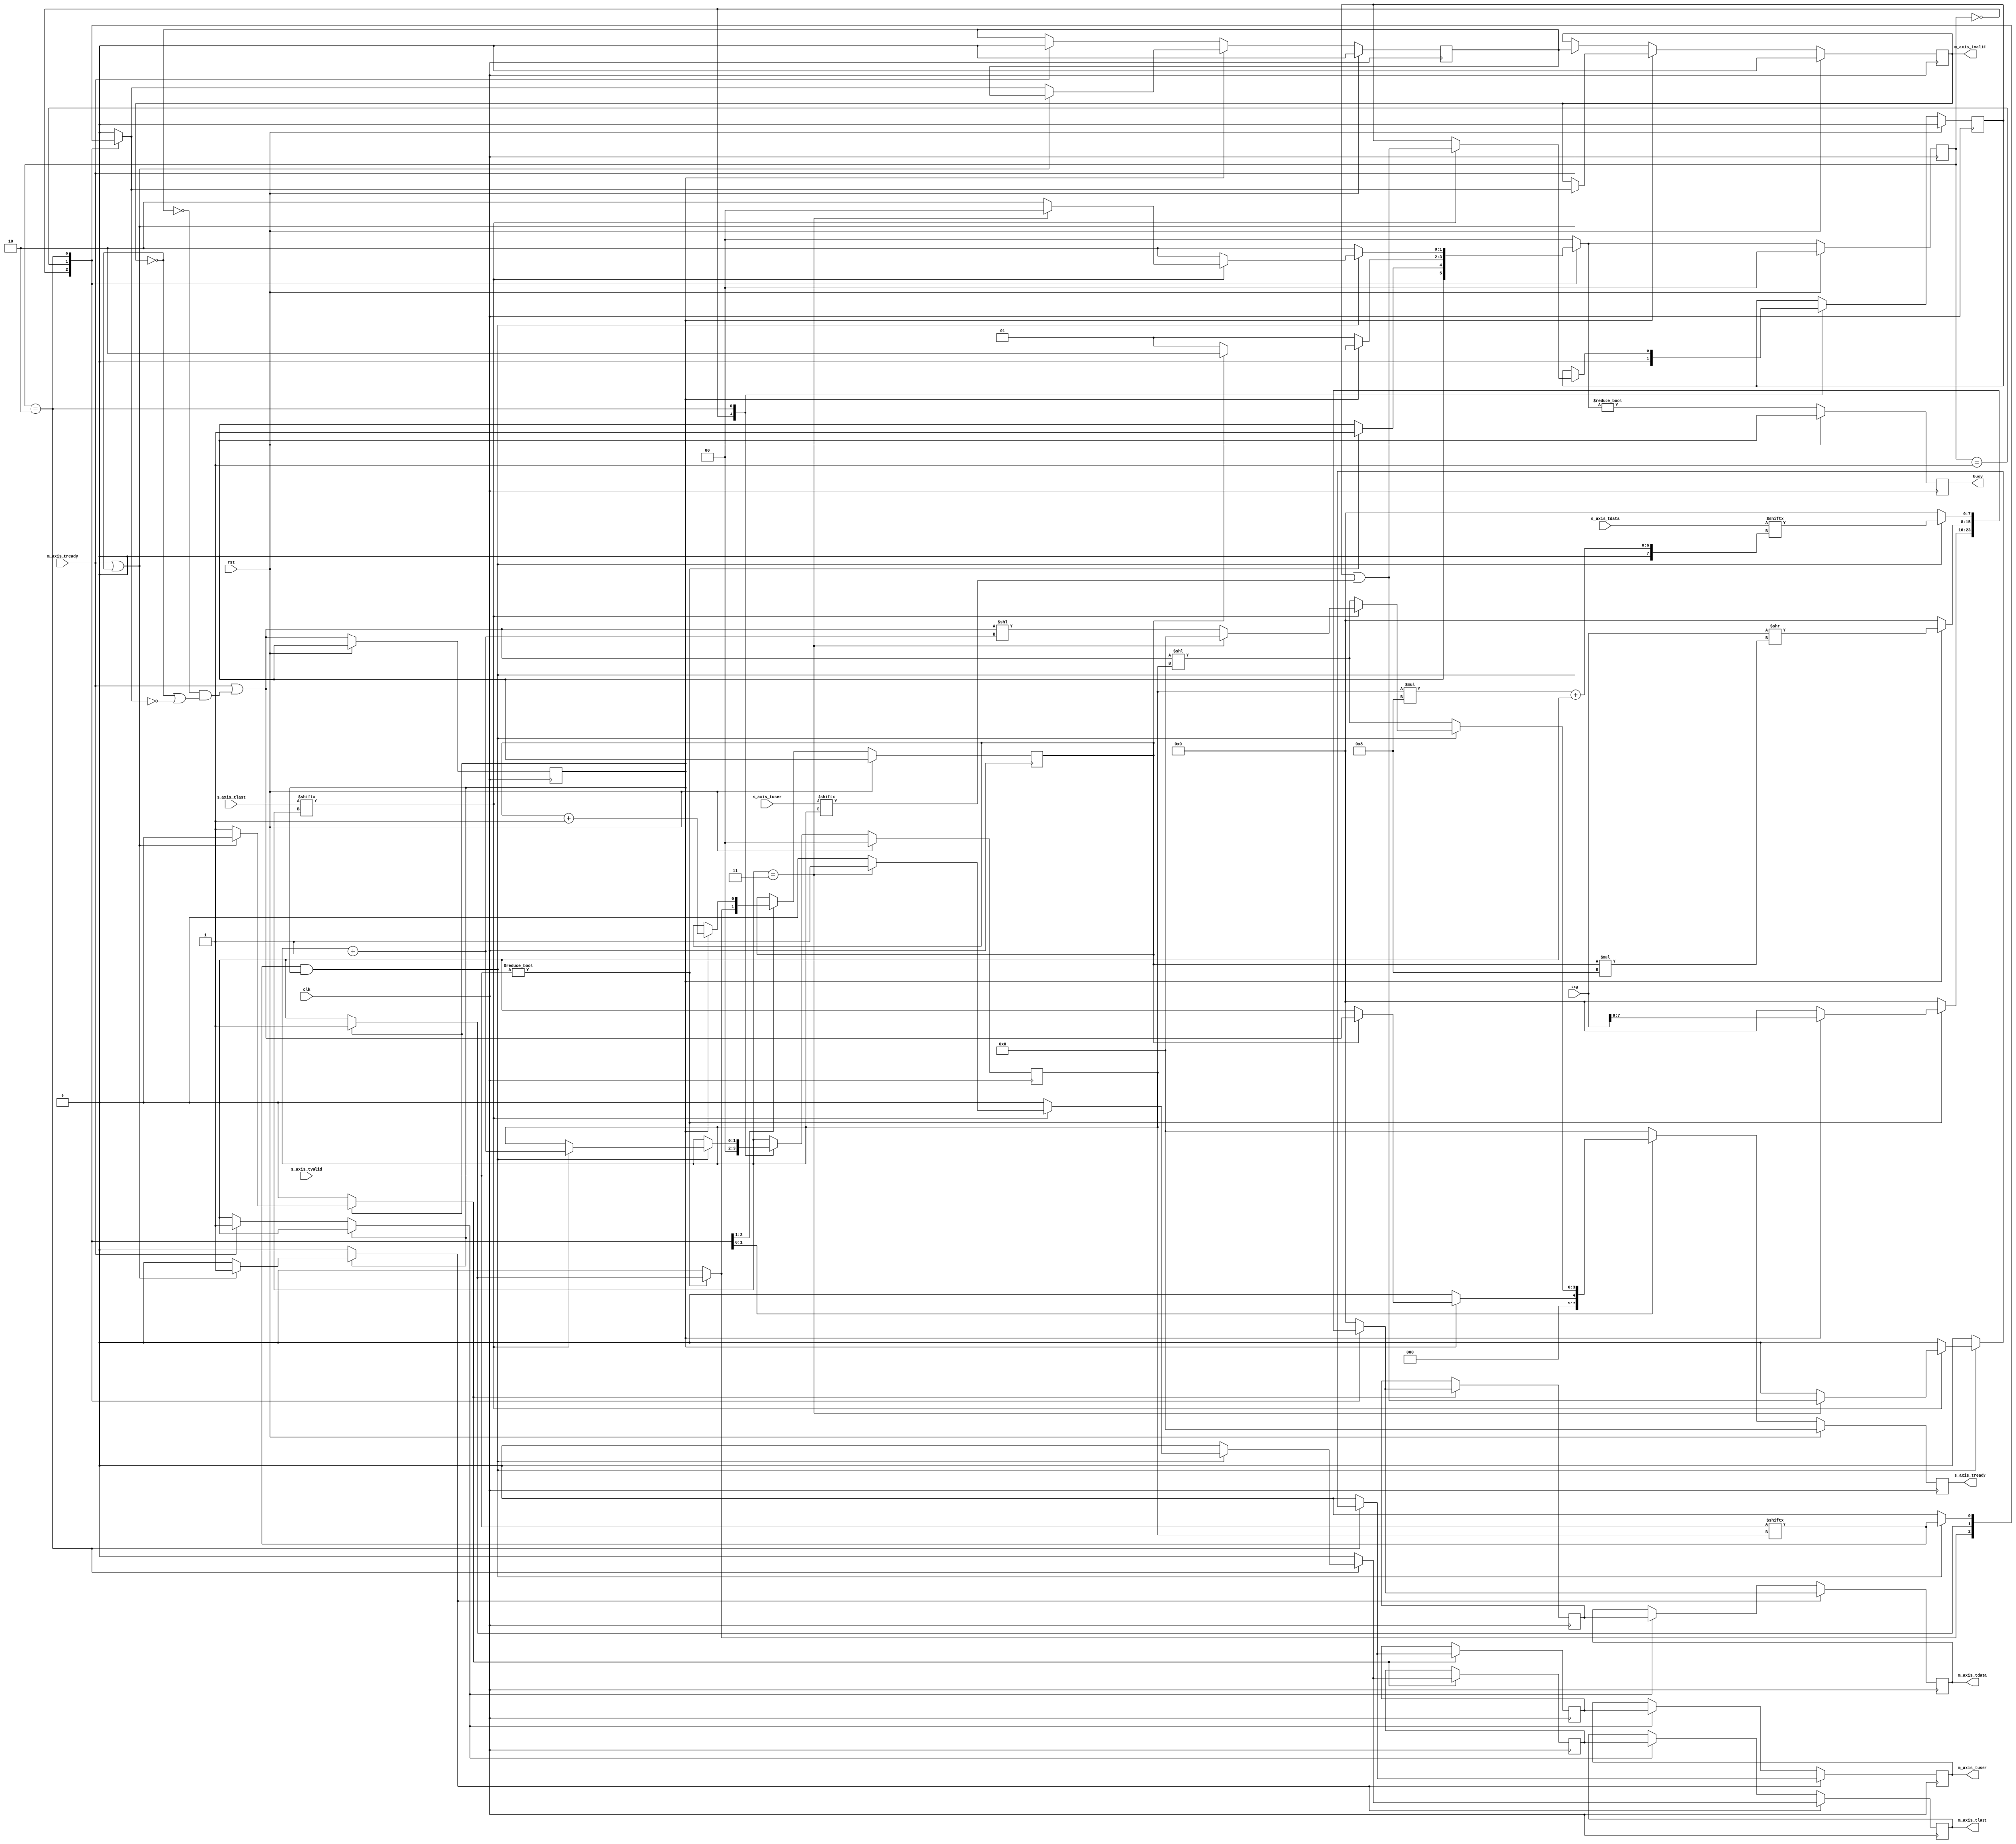
/*

Copyright (c) 2014-2018 Alex Forencich

Permission is hereby granted, free of charge, to any person obtaining a copy
of this software and associated documentation files (the "Software"), to deal
in the Software without restriction, including without limitation the rights
to use, copy, modify, merge, publish, distribute, sublicense, and/or sell
copies of the Software, and to permit persons to whom the Software is
furnished to do so, subject to the following conditions:

The above copyright notice and this permission notice shall be included in
all copies or substantial portions of the Software.

THE SOFTWARE IS PROVIDED "AS IS", WITHOUT WARRANTY OF ANY KIND, EXPRESS OR
IMPLIED, INCLUDING BUT NOT LIMITED TO THE WARRANTIES OF MERCHANTABILITY
FITNESS FOR A PARTICULAR PURPOSE AND NONINFRINGEMENT. IN NO EVENT SHALL THE
AUTHORS OR COPYRIGHT HOLDERS BE LIABLE FOR ANY CLAIM, DAMAGES OR OTHER
LIABILITY, WHETHER IN AN ACTION OF CONTRACT, TORT OR OTHERWISE, ARISING FROM,
OUT OF OR IN CONNECTION WITH THE SOFTWARE OR THE USE OR OTHER DEALINGS IN
THE SOFTWARE.

*/

// Language: Verilog 2001

`resetall
`timescale 1ns / 1ps
`default_nettype none

/*
 * AXI4-Stream frame joiner
 */
module axis_frame_join #
(
    // Number of AXI stream inputs
    parameter S_COUNT = 4,
    // Width of AXI stream interfaces in bits
    parameter DATA_WIDTH = 8,
    // Prepend data with tag
    parameter TAG_ENABLE = 1,
    // Tag field width
    parameter TAG_WIDTH = 16
)
(
    input  wire                          clk,
    input  wire                          rst,

    /*
     * AXI inputs
     */
    input  wire [S_COUNT*DATA_WIDTH-1:0] s_axis_tdata,
    input  wire [S_COUNT-1:0]            s_axis_tvalid,
    output wire [S_COUNT-1:0]            s_axis_tready,
    input  wire [S_COUNT-1:0]            s_axis_tlast,
    input  wire [S_COUNT-1:0]            s_axis_tuser,

    /*
     * AXI output
     */
    output wire [DATA_WIDTH-1:0]         m_axis_tdata,
    output wire                          m_axis_tvalid,
    input  wire                          m_axis_tready,
    output wire                          m_axis_tlast,
    output wire                          m_axis_tuser,

    /*
     * Configuration
     */
    input  wire [TAG_WIDTH-1:0]          tag,

    /*
     * Status signals
     */
    output wire                          busy
);

parameter CL_S_COUNT = $clog2(S_COUNT);

parameter TAG_WORD_WIDTH = (TAG_WIDTH + DATA_WIDTH - 1) / DATA_WIDTH;
parameter CL_TAG_WORD_WIDTH = $clog2(TAG_WORD_WIDTH);

// state register
localparam [1:0]
    STATE_IDLE = 2'd0,
    STATE_WRITE_TAG = 2'd1,
    STATE_TRANSFER = 2'd2;

reg [1:0] state_reg = STATE_IDLE, state_next;

reg [CL_TAG_WORD_WIDTH-1:0] frame_ptr_reg = {CL_TAG_WORD_WIDTH{1'b0}}, frame_ptr_next;
reg [CL_S_COUNT-1:0] port_sel_reg = {CL_S_COUNT{1'b0}}, port_sel_next;

reg busy_reg = 1'b0, busy_next;

reg output_tuser_reg = 1'b0, output_tuser_next;

reg [S_COUNT-1:0] s_axis_tready_reg = {S_COUNT{1'b0}}, s_axis_tready_next;

// internal datapath
reg [DATA_WIDTH-1:0] m_axis_tdata_int;
reg                  m_axis_tvalid_int;
reg                  m_axis_tready_int_reg = 1'b0;
reg                  m_axis_tlast_int;
reg                  m_axis_tuser_int;
wire                 m_axis_tready_int_early;

assign s_axis_tready = s_axis_tready_reg;

assign busy = busy_reg;

wire [DATA_WIDTH-1:0] input_tdata  = s_axis_tdata[port_sel_reg*DATA_WIDTH +: DATA_WIDTH];
wire                  input_tvalid = s_axis_tvalid[port_sel_reg];
wire                  input_tlast  = s_axis_tlast[port_sel_reg];
wire                  input_tuser  = s_axis_tuser[port_sel_reg];

always @* begin
    state_next = STATE_IDLE;

    frame_ptr_next = frame_ptr_reg;
    port_sel_next = port_sel_reg;

    s_axis_tready_next = {S_COUNT{1'b0}};

    m_axis_tdata_int = 8'd0;
    m_axis_tvalid_int = 1'b0;
    m_axis_tlast_int = 1'b0;
    m_axis_tuser_int = 1'b0;

    output_tuser_next = output_tuser_reg;

    case (state_reg)
        STATE_IDLE: begin
            // idle state - wait for data
            frame_ptr_next = {CL_TAG_WORD_WIDTH{1'b0}};
            port_sel_next = {CL_S_COUNT{1'b0}};
            output_tuser_next = 1'b0;

            if (TAG_ENABLE) begin
                // next cycle if started will send tag, so do not enable input
                s_axis_tready_next = 1'b0;
            end else begin
                // next cycle if started will send data, so enable input
                s_axis_tready_next = m_axis_tready_int_early;
            end

            if (s_axis_tvalid) begin
                // input 0 valid; start transferring data
                if (TAG_ENABLE) begin
                    // tag enabled, so transmit it
                    if (m_axis_tready_int_reg) begin
                        // output is ready, so short-circuit first tag word
                        frame_ptr_next = 1;
                        m_axis_tdata_int = tag;
                        m_axis_tvalid_int = 1'b1;
                    end
                    state_next = STATE_WRITE_TAG;
                end else begin
                    // tag disabled, so transmit data
                    if (m_axis_tready_int_reg) begin
                        // output is ready, so short-circuit first data word
                        m_axis_tdata_int = s_axis_tdata;
                        m_axis_tvalid_int = 1'b1;
                    end
                    state_next = STATE_TRANSFER;
                end
            end else begin
                state_next = STATE_IDLE;
            end
        end
        STATE_WRITE_TAG: begin
            // write tag data
            if (m_axis_tready_int_reg) begin
                // output ready, so send tag word
                state_next = STATE_WRITE_TAG;
                frame_ptr_next = frame_ptr_reg + 1;
                m_axis_tvalid_int = 1'b1;

                m_axis_tdata_int = tag >> frame_ptr_reg*DATA_WIDTH;
                if (frame_ptr_reg == TAG_WORD_WIDTH-1) begin
                    s_axis_tready_next = m_axis_tready_int_early << 0;
                    state_next = STATE_TRANSFER;
                end
            end else begin
                state_next = STATE_WRITE_TAG;
            end
        end
        STATE_TRANSFER: begin
            // transfer input data

            // set ready for current input
            s_axis_tready_next = m_axis_tready_int_early << port_sel_reg;

            if (input_tvalid && m_axis_tready_int_reg) begin
                // output ready, transfer byte
                state_next = STATE_TRANSFER;
                m_axis_tdata_int = input_tdata;
                m_axis_tvalid_int = input_tvalid;

                if (input_tlast) begin
                    // last flag received, switch to next port
                    port_sel_next = port_sel_reg + 1;
                    // save tuser - assert tuser out if ANY tuser asserts received
                    output_tuser_next = output_tuser_next | input_tuser;
                    // disable input
                    s_axis_tready_next = {S_COUNT{1'b0}};

                    if (S_COUNT == 1 || port_sel_reg == S_COUNT-1) begin
                        // last port - send tlast and tuser and revert to idle
                        m_axis_tlast_int = 1'b1;
                        m_axis_tuser_int = output_tuser_next;
                        state_next = STATE_IDLE;
                    end else begin
                        // otherwise, disable enable next port
                        s_axis_tready_next = m_axis_tready_int_early << port_sel_next;
                    end
                end
            end else begin
                state_next = STATE_TRANSFER;
            end
        end
    endcase
end

always @(posedge clk) begin
    state_reg <= state_next;

    frame_ptr_reg <= frame_ptr_next;

    port_sel_reg <= port_sel_next;

    s_axis_tready_reg <= s_axis_tready_next;

    output_tuser_reg <= output_tuser_next;

    busy_reg <= state_next != STATE_IDLE;

    if (rst) begin
        state_reg <= STATE_IDLE;
        frame_ptr_reg <= {CL_TAG_WORD_WIDTH{1'b0}};
        port_sel_reg <= {CL_S_COUNT{1'b0}};
        s_axis_tready_reg <= {S_COUNT{1'b0}};
        output_tuser_reg <= 1'b0;
        busy_reg <= 1'b0;
    end
end

// output datapath logic
reg [DATA_WIDTH-1:0] m_axis_tdata_reg = {DATA_WIDTH{1'b0}};
reg                  m_axis_tvalid_reg = 1'b0, m_axis_tvalid_next;
reg                  m_axis_tlast_reg = 1'b0;
reg                  m_axis_tuser_reg = 1'b0;

reg [DATA_WIDTH-1:0] temp_m_axis_tdata_reg = {DATA_WIDTH{1'b0}};
reg                  temp_m_axis_tvalid_reg = 1'b0, temp_m_axis_tvalid_next;
reg                  temp_m_axis_tlast_reg = 1'b0;
reg                  temp_m_axis_tuser_reg = 1'b0;

// datapath control
reg store_axis_int_to_output;
reg store_axis_int_to_temp;
reg store_axis_temp_to_output;

assign m_axis_tdata = m_axis_tdata_reg;
assign m_axis_tvalid = m_axis_tvalid_reg;
assign m_axis_tlast = m_axis_tlast_reg;
assign m_axis_tuser = m_axis_tuser_reg;

// enable ready input next cycle if output is ready or the temp reg will not be filled on the next cycle (output reg empty or no input)
assign m_axis_tready_int_early = m_axis_tready || (!temp_m_axis_tvalid_reg && (!m_axis_tvalid_reg || !m_axis_tvalid_int));

always @* begin
    // transfer sink ready state to source
    m_axis_tvalid_next = m_axis_tvalid_reg;
    temp_m_axis_tvalid_next = temp_m_axis_tvalid_reg;

    store_axis_int_to_output = 1'b0;
    store_axis_int_to_temp = 1'b0;
    store_axis_temp_to_output = 1'b0;

    if (m_axis_tready_int_reg) begin
        // input is ready
        if (m_axis_tready || !m_axis_tvalid_reg) begin
            // output is ready or currently not valid, transfer data to output
            m_axis_tvalid_next = m_axis_tvalid_int;
            store_axis_int_to_output = 1'b1;
        end else begin
            // output is not ready, store input in temp
            temp_m_axis_tvalid_next = m_axis_tvalid_int;
            store_axis_int_to_temp = 1'b1;
        end
    end else if (m_axis_tready) begin
        // input is not ready, but output is ready
        m_axis_tvalid_next = temp_m_axis_tvalid_reg;
        temp_m_axis_tvalid_next = 1'b0;
        store_axis_temp_to_output = 1'b1;
    end
end

always @(posedge clk) begin
    m_axis_tvalid_reg <= m_axis_tvalid_next;
    m_axis_tready_int_reg <= m_axis_tready_int_early;
    temp_m_axis_tvalid_reg <= temp_m_axis_tvalid_next;

    // datapath
    if (store_axis_int_to_output) begin
        m_axis_tdata_reg <= m_axis_tdata_int;
        m_axis_tlast_reg <= m_axis_tlast_int;
        m_axis_tuser_reg <= m_axis_tuser_int;
    end else if (store_axis_temp_to_output) begin
        m_axis_tdata_reg <= temp_m_axis_tdata_reg;
        m_axis_tlast_reg <= temp_m_axis_tlast_reg;
        m_axis_tuser_reg <= temp_m_axis_tuser_reg;
    end

    if (store_axis_int_to_temp) begin
        temp_m_axis_tdata_reg <= m_axis_tdata_int;
        temp_m_axis_tlast_reg <= m_axis_tlast_int;
        temp_m_axis_tuser_reg <= m_axis_tuser_int;
    end

    if (rst) begin
        m_axis_tvalid_reg <= 1'b0;
        m_axis_tready_int_reg <= 1'b0;
        temp_m_axis_tvalid_reg <= 1'b0;
    end
end

endmodule

`resetall